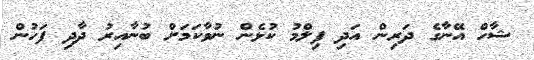
ޝާހް އޭނާގެ ދަރިން އަދި ފިލްމު ކުޅެން ނުވާކަމަށް ބުނާއިރު ދާދި ފަހުން